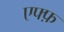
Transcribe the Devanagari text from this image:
एफ्फ़